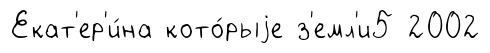
Екат'ер'и́на кото́рыjе з'емл'и5 2002